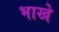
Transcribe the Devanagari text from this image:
भाखे